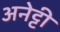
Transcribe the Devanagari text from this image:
अनेट्टी